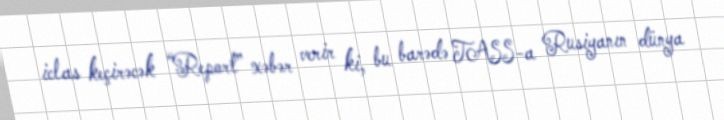
iclas keçirəcək “Report” xəbər verir ki, bu barədə TASS-a Rusiyanın dünya